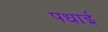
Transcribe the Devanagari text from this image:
पधाई